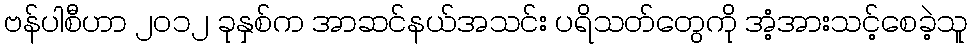
ဗန်ပါစီဟာ ၂၀၁၂ ခုနှစ်က အာဆင်နယ်အသင်း ပရိသတ်တွေကို အံ့အားသင့်စေခဲ့သူ